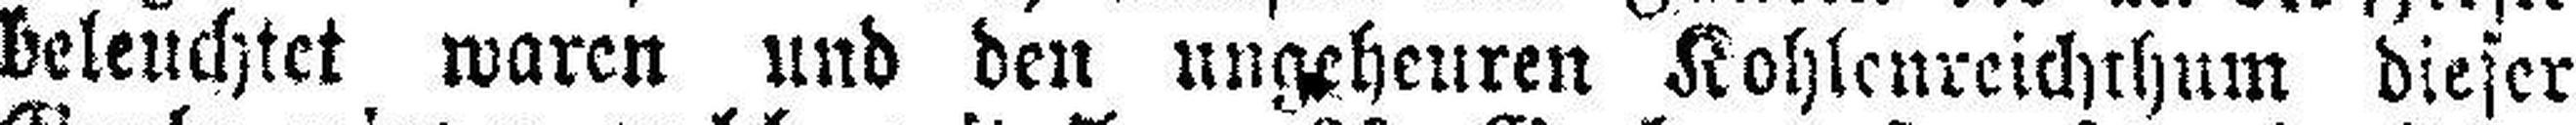
beleuchtet waren und den ungeheuren Kohlenreichthum dieser